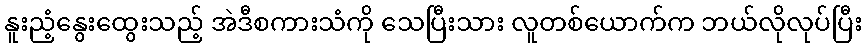
နူးညံ့နွေးထွေးသည့် အဲဒီစကားသံကို သေပြီးသား လူတစ်ယောက်က ဘယ်လိုလုပ်ပြီး